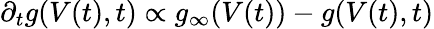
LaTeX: \partial_{t}g(V(t),t)\propto g_{\infty}(V(t))-g(V(t),t)